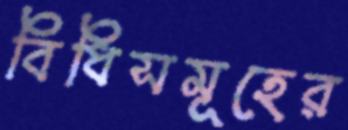
বিধিসমূহের